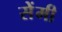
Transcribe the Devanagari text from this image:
सेेंमी